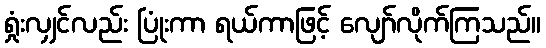
ရှုံးလျှင်လည်း ပြုံးကာ ရယ်ကာဖြင့် လျော်လိုက်ကြသည်။